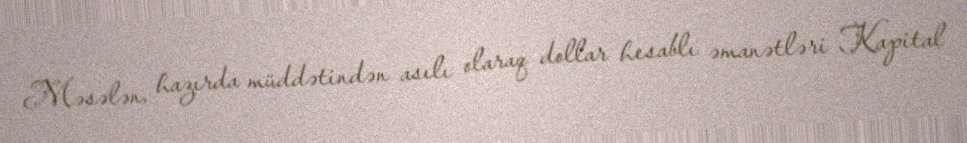
Məsələn, hazırda müddətindən asılı olaraq dollar hesablı əmanətləri Kapital